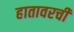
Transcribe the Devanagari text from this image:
हातावरची